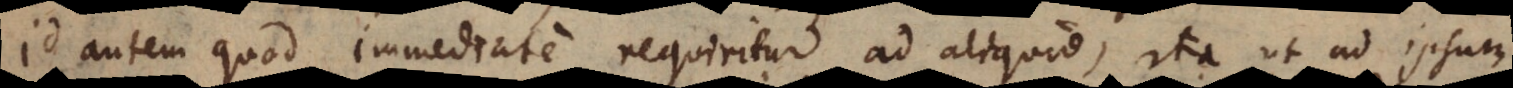
Id autem quod immediate requiritur ad aliquid, ita ut ad ipsum